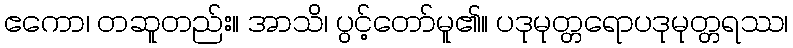
ဧကော၊ တဆူတည်း။ အာသိ၊ ပွင့်တော်မူ၏။ ပဒုမုတ္တရောပဒုမုတ္တရဿ၊